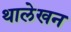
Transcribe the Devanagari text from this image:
थालेखन